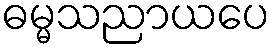
ဓမ္မသညာယပေ